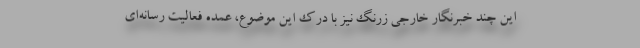
این چند خبرنگار خارجی زرنگ نیز با درک این موضوع، عمده فعالیت رسانه‌ای